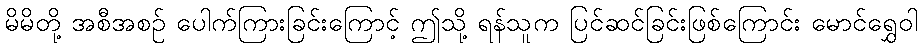
မိမိတို့ အစီအစဉ် ပေါက်ကြားခြင်းကြောင့် ဤသို့ ရန်သူက ပြင်ဆင်ခြင်းဖြစ်ကြောင်း မောင်ရွှေဝါ